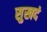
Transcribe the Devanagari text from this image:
सुखदं